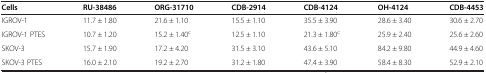
<table><thead><tr><td><b>Cells</b></td><td><b>RU-38486</b></td><td><b>ORG-31710</b></td><td><b>CDB-2914</b></td><td><b>CDB-4124</b></td><td><b>OH-4124</b></td><td><b>CDB-4453</b></td></tr></thead><tbody><tr><td>IGROV-1</td><td>11.7 ± 1.80</td><td>21.6 ± 1.10</td><td>15.5 ± 1.10</td><td>35.5 ± 3.90</td><td>28.6 ± 3.40</td><td>30.6 ± 2.70</td></tr><tr><td>IGROV-1 PTES</td><td>10.7 ± 1.20</td><td>15.2 ± 1.40<sup>c</sup></td><td>12.5 ± 1.10</td><td>21.3 ± 1.80<sup>c</sup></td><td>25.9 ± 2.40</td><td>25.6 ± 2.60</td></tr><tr><td>SKOV-3</td><td>15.7 ± 1.90</td><td>17.2 ± 4.20</td><td>31.5 ± 3.10</td><td>43.6 ± 5.10</td><td>84.2 ± 9.80</td><td>44.9 ± 4.60</td></tr><tr><td>SKOV-3 PTES</td><td>16.0 ± 2.10</td><td>19.2 ± 2.70</td><td>31.2 ± 1.80</td><td>47.4 ± 3.90</td><td>58.4 ± 8.30</td><td>52.9 ± 2.10</td></tr></tbody></table>